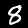
Label: 8